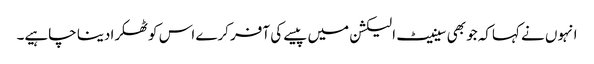
انہوں نے کہاکہ جو بھی سینیٹ الیکشن میں پیسے کی آفر کرے اس کوٹھکرا دینا چاہیے۔